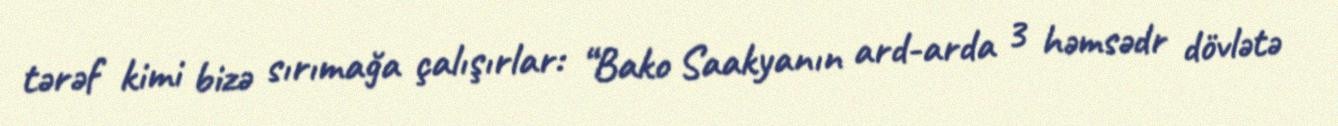
tərəf kimi bizə sırımağa çalışırlar: “Bako Saakyanın ard-arda 3 həmsədr dövlətə